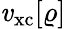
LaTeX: \mathit{v}_{\mathrm{{xc}}}[\varrho]